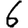
Digit: 6